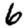
Digit: 6